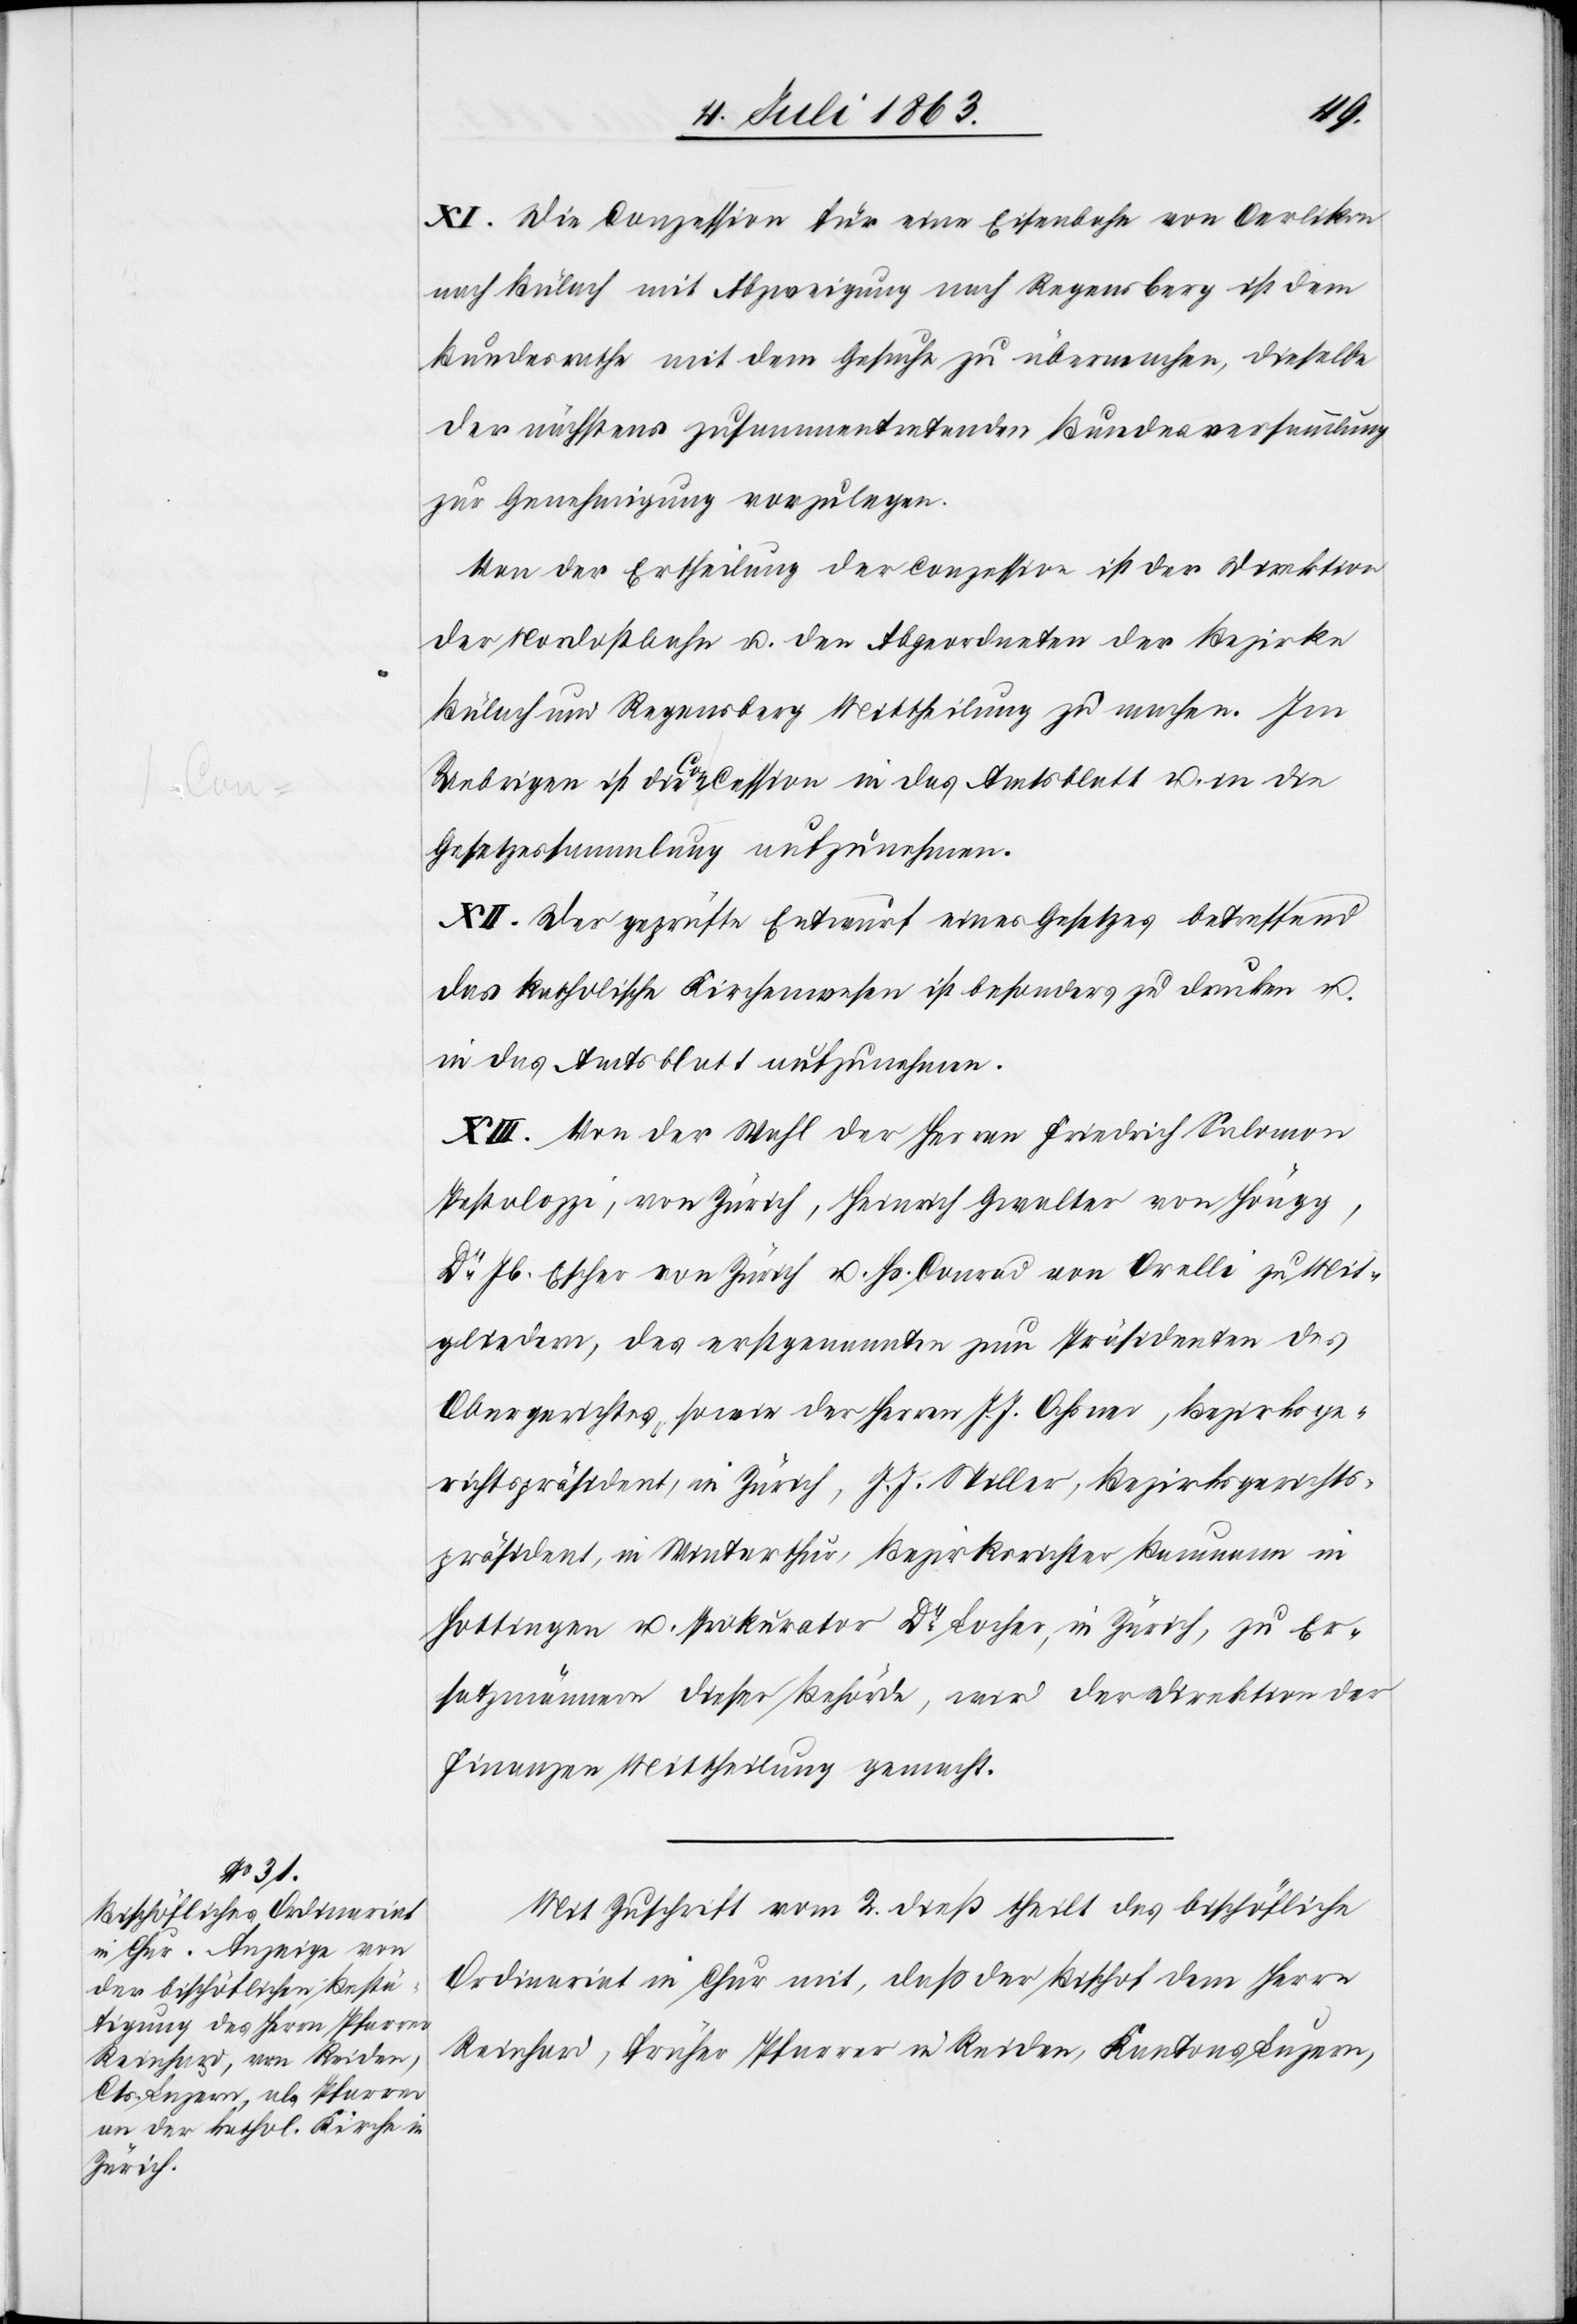
XI. Die Conzession für eine Eisenbahn von Oerlikon
nach Bülach mit Abzweigung nach Regensberg ist dem
Bundesrathe mit dem Gesuche zu übermachen, dieselbe
der nächstens zusammentretenden Bundesversammlung
zur Genehmigung vorzulegen.
Von der Ertheilung der Conzession ist der Direktion
der Nordostbahn u. den Abgeordneten der Bezirke
Bülach und Regensberg Mittheilung zu machen. Im
Uebrigen ist die Concession in das Amtsblatt u. in die
Gesetzessammlung aufzunehmen.
XII. Der geprüfte Entwurf eines Gesetzes betreffend
das katholische Kirchenwesen ist besonders zu drucken u.
in das Amtsblatt aufzunehmen.
XIII. Von der Wahl der Herren Friedrich Salomon
Pestalozzi, von Zürich, Heinrich Gwalter von Höngg,
Dr Jb. Escher von Zürich u. Hs. Conrad von Orelli zu Mit¬
gliedern, des erstgenannten zum Präsidenten des
Obergerichtes, sowie der Herren J. J. Ochsner, Bezirksge¬
richtspräsident, in Zürich, J. J. Stiller, Bezirksgerichts¬
präsident, in Winterthur, Bezirksrichter Baumann in
Hottingen u. Prokurator Dr Locher, in Zürich, zu Er¬
satzmännern dieser Behörde, wird der Direktion der
Finanzen Mittheilung gemacht.
Mit Zuschrift vom 2. dieß theilt das bischöfliche
Ordinariat in Chur mit, daß der Bischof dem Herrn
Reinhard, früher Pfarrer in Reiden, Kantons Luzern,